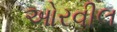
ઓરવીલ